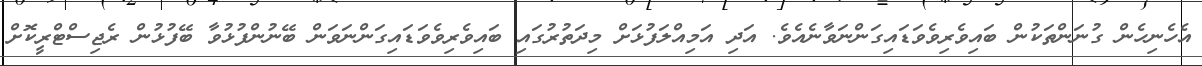
އެހެނިހެން ގުނަންތަކުން ބައިވެރިވެވަޑައިގަންނަވާނެއެވެ. އަދި އަމިއްލަފުޅަށް މިދަތުރުގައި ބައިވެރިވެވަޑައިގަންނަވަން ބޭނުންފުޅުވާ ބޭފުޅުން ރެޖިސްޓްރީކޮށް